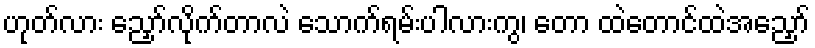
ဟုတ်လား ညှော်လိုက်တာလဲ သောက်ရမ်းပါလားကွ၊ တော ထဲတောင်ထဲအညှော်